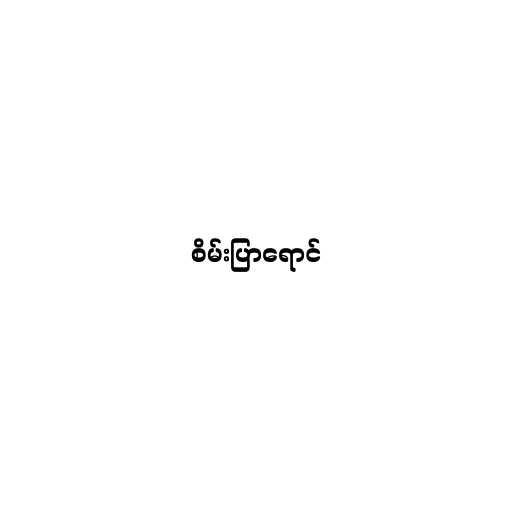
စိမ်းပြာရောင်